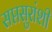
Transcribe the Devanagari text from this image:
सप्तसुरांशी